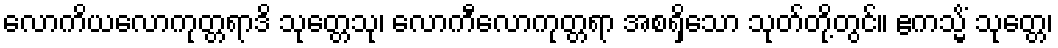
လောကိယလောကုတ္တရာဒိ သုတ္တေသု၊ လောကီလောကုတ္တရာ အစရှိသော သုတ်တို့တွင်။ ဧကသ္မိံ သုတ္တေ၊